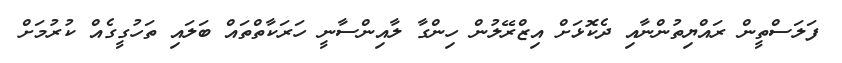
ފަލަސްތީން ރައްޔިތުންނާއި ދެކޮޅަށް އިޒްރޭލުން ހިންގާ ލާއިންސާނީ ހަރަކާތްތައް ބަލައި ތަހުގީގެއް ކުރުމަށް